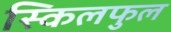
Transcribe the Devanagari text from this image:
स्किलफुल